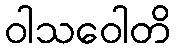
ဝါသဝေါတိ